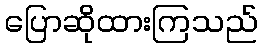
ပြောဆိုထားကြသည်